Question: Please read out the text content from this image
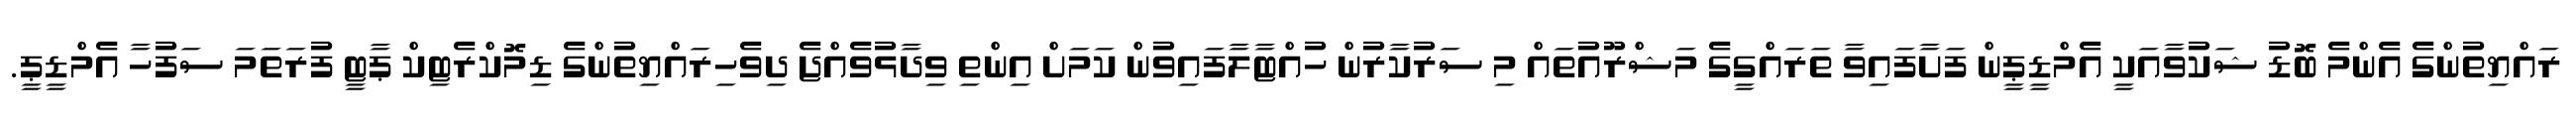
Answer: ރައްޔިތުންގެ އެންމެ ބޮޑު ޝަކުވާއަކީ އެމްޑީޕީން ފަށާފައިވާ ތަރައްގީގެ މަޝްރޫއުތައް މި ސަރުކާރުން ހުއްޓާލާފައިވުން ކަމަށް އިންތި ވިދާޅުވެއްޖެ ދިވެހިރައްޔިތުންގެ ޑިމޮކްރެޓިކް ޕާޓީ ފުރަތަމަ ސަފުހާ އެމްޑީޕީ.